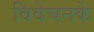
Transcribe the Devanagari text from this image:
विवेचनके